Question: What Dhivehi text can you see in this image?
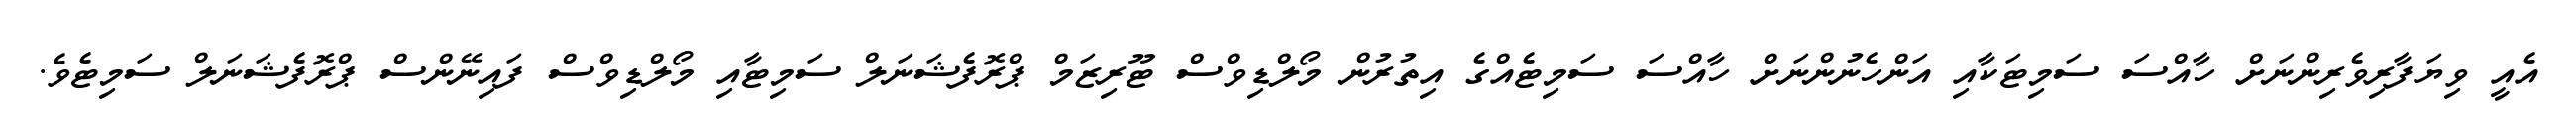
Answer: އެއީ ވިޔަފާރިވެރިންނަށް ހާއްސަ ސަމިޓަކާއި އަންހެނުންނަށް ހާއްސަ ސަމިޓެއްގެ އިތުރުން މޯލްޑިވްސް ޓޫރިޒަމް ޕްރޮފެޝަނަލް ސަމިޓާއި މޯލްޑިވްސް ފައިނޭންސް ޕްރޮފެޝަނަލް ސަމިޓެވެ.